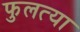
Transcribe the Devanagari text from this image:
फुलत्या